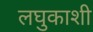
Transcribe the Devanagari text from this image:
लघुकाशी